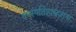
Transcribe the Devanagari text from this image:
वनस्पतिशास्त्रज्ञांना